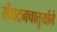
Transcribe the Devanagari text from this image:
संघटनचातुर्याने